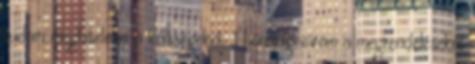
tudom meghitelezni a költségeket. 1 hónapig várom a megrendeléseket